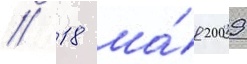
// 18 ма́я 2009